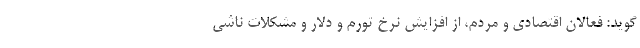
گوید: فعالان اقتصادی و مردم، از افزایش نرخ تورم و دلار و مشکلات ناشی